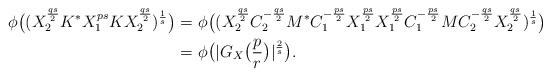
LaTeX: \begin{align*}\phi\big((X_2^\frac{qs}{2}K^*X_1^{ps}KX_2^\frac{qs}{2})^{\frac{1}{s}}\big) =&\ \phi\big((X_2^\frac{qs}{2}C_2^{-\frac{qs}{2}}M^*C_1^{-\frac{ps}{2}}X_1^\frac{ps}{2}X_1^\frac{ps}{2}C_1^{-\frac{ps}{2}}MC_2^{-\frac{qs}{2}}X_2^\frac{qs}{2})^\frac{1}{s}\big)\\=&\ \phi\big(|G_X\big(\frac{p}{r}\big)|^\frac{2}{s}\big).\end{align*}